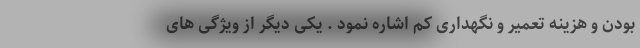
بودن و هزینه تعمیر و نگهداری کم اشاره نمود . یکی دیگر از ویژگی های